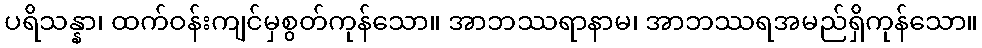
ပရိသန္နာ၊ ထက်ဝန်းကျင်မှစွတ်ကုန်သော။ အာဘဿရာနာမ၊ အာဘဿရအမည်ရှိကုန်သော။